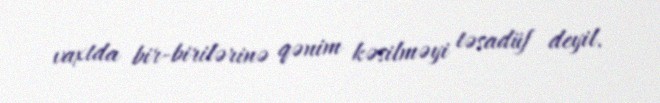
vaxtda bir-birilərinə qənim kəsilməyi təsadüf deyil.